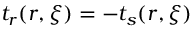
t _ { r } ( \boldsymbol { r } , \boldsymbol { \xi } ) = - t _ { s } ( \boldsymbol { r } , \boldsymbol { \xi } )